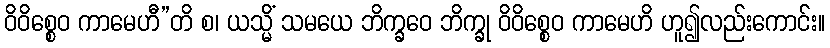
ဝိဝိစ္စေဝ ကာမေဟီ”တိ စ၊ ယသ္မိံ သမယေ ဘိက္ခဝေ ဘိက္ခု ဝိဝိစ္စေဝ ကာမေဟိ ဟူ၍လည်းကောင်း။